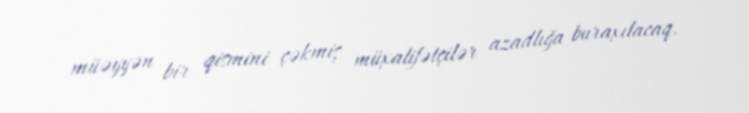
müəyyən bir qismini çəkmiş müxalifətçilər azadlığa buraxılacaq.